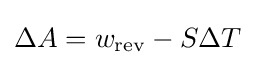
\Delta A=w_{\text{rev}}-S\Delta T